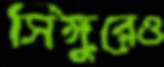
সিঙ্গুরেও